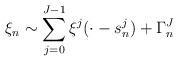
LaTeX: \begin{align*}\xi _n \sim \sum_{j=0}^{J-1}\xi^j(\cdot-s^j_n) + \Gamma^J_n\end{align*}